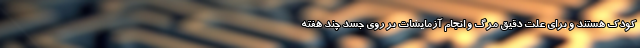
کودک هستند و برای علت دقیق مرگ و انجام آزمایشات بر روی جسد چند هفته